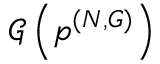
\mathcal { G } \left( \boldsymbol { p } ^ { ( N , G ) } \right)